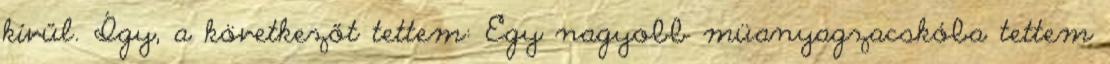
kívűl. Így, a következőt tettem: Egy nagyobb müanyagzacskóba tettem